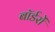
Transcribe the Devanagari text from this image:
बॉर्डरों